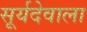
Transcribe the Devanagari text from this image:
सूर्यदेवाला